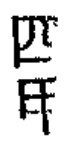
$\square \#$